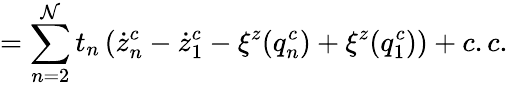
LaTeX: =\sum_{n=2}^{\cal N}t_{n}\left(\dot{z}_{n}^{c}-\dot{z}_{1}^{c}-\xi^{z}(q_{n}^{c})+\xi^{z}(q_{1}^{c})\right)+c.c.